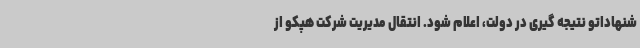
شنهاداتو نتیجه گیری در دولت، اعلام شود. انتقال مدیریت شرکت هپکو از